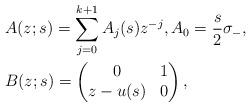
LaTeX: \begin{align*}&A(z;s)=\sum_{j=0}^{k+1}A_j(s)z^{-j},A_0=\frac{s}{2}\sigma_-,\\&B(z;s)=\begin{pmatrix}0&1\\z-u(s)&0\end{pmatrix},\end{align*}